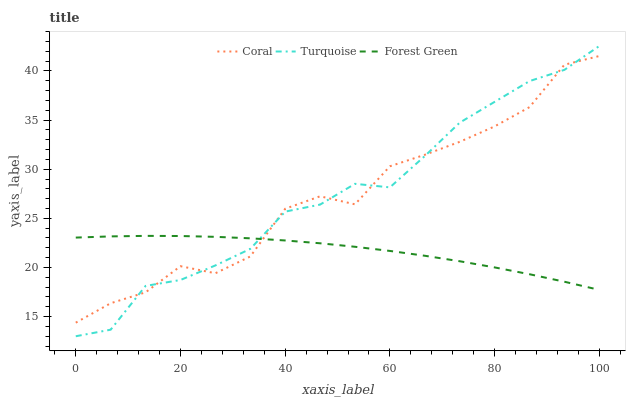
| xaxis_label | Coral | Turquoise | Forest Green |
 | --- | --- | --- | --- |
 | 0 | 14.4 | 13 | 23 |
 | 6.67 | 16.4 | 13.7 | 23.2 |
 | 13.3 | 17.5 | 18.1 | 23.2 |
 | 20 | 20.1 | 18.7 | 23.2 |
 | 26.7 | 19.4 | 20.2 | 23.1 |
 | 33.3 | 21.1 | 21.9 | 23 |
 | 40 | 26 | 25.7 | 22.7 |
 | 46.7 | 27.2 | 26.4 | 22.5 |
 | 53.3 | 26.4 | 28.5 | 22.1 |
 | 60 | 30.3 | 28.1 | 21.7 |
 | 66.7 | 31.5 | 31.3 | 21.2 |
 | 73.3 | 32.8 | 34.7 | 20.6 |
 | 80 | 34.4 | 36.8 | 20 |
 | 86.7 | 36.3 | 39 | 19.3 |
 | 93.3 | 40.6 | 40.1 | 18.5 |
 | 100 | 41.5 | 42.5 | 17.7 |